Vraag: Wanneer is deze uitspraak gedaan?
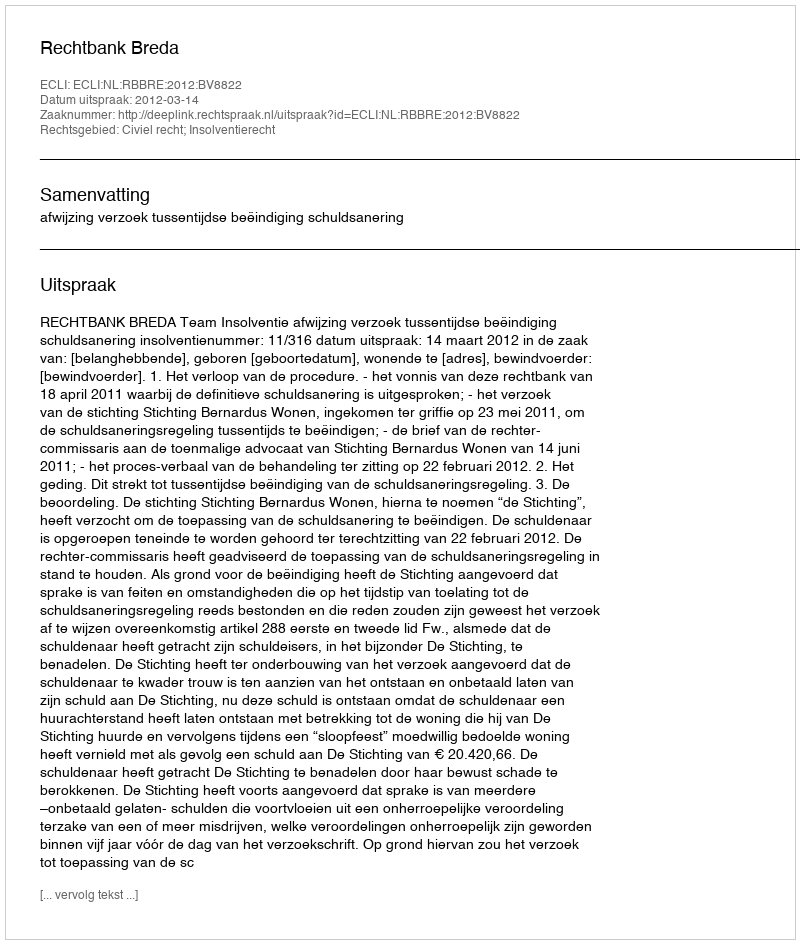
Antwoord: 2012-03-14